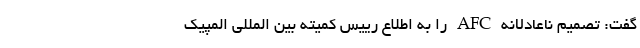
گفت: تصمیم ناعادلانه AFC را به اطلاع رییس کمیته بین المللی المپیک